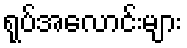
ရုပ်အလောင်းများ